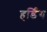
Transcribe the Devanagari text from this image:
हर्डिंग